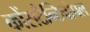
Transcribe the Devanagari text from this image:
कोंसटैन्टिनोपल